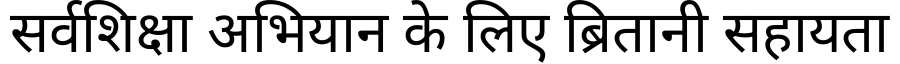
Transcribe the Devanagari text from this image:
सर्वशिक्षा अभियान के लिए ब्रितानी सहायता